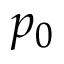
p _ { 0 }